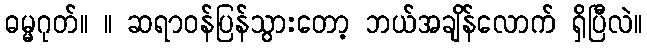
ဓမ္မဂုတ်။ ။ ဆရာဝန်ပြန်သွားတော့ ဘယ်အချိန်လောက် ရှိပြီလဲ။